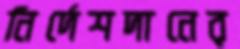
নির্দেশদানের